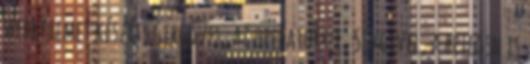
werkfilmet készít, Gergővel, az operatőrrel, Sevgivel, a betegen is